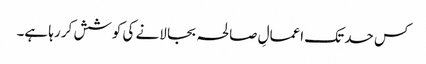
کس حد تک اعمالِ صالحہ بجا لانے کی کوشش کر رہا ہے۔